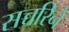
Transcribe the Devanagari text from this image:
सच्चरिने